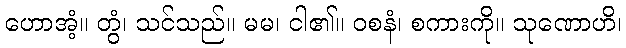
ဟောအံ့။ တွံ၊ သင်သည်။ မမ၊ ငါ၏။ ဝစနံ၊ စကားကို။ သုဏောဟိ၊